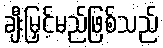
ချီးမြှင့်မည်ဖြစ်သည်